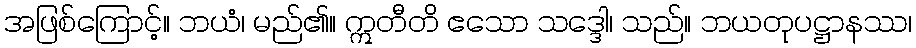
အဖြစ်ကြောင့်။ ဘယံ၊ မည်၏။ ဣတီတိ ဧသော သဒ္ဒေါ၊ သည်။ ဘယတုပဋ္ဌာနဿ၊